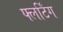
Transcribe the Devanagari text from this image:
फ्लर्टिंग